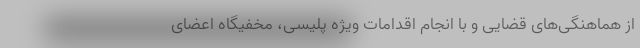
از هماهنگی‌های قضایی و با انجام اقدامات ویژه پلیسی، مخفیگاه اعضای